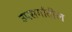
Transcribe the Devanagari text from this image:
उपसर्गांतील